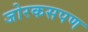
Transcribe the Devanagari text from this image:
जोरकसपण